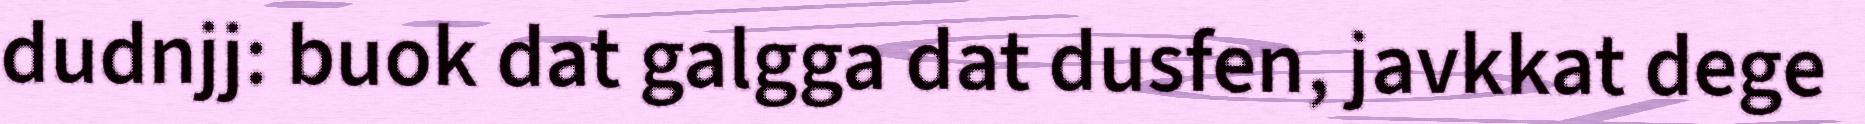
dudnjj: buok dat galgga dat dusfen, javkkat dege